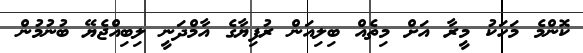
ކޮންމެ މަހަކު މީރާ އަށް މިތެއް ބިލިއަން ރުފިޔާގެ އާމްދަނީ ލިބިއްޖެޔޭ ބުނުމުން